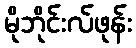
မိုဘိုင်းလ်ဖုန်း